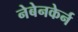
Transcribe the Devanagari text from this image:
नेबेनकेर्न